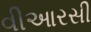
વીઆરસી